Lunatic asylums Punjab 1881-1894 - 1881-1894
Year: 1881
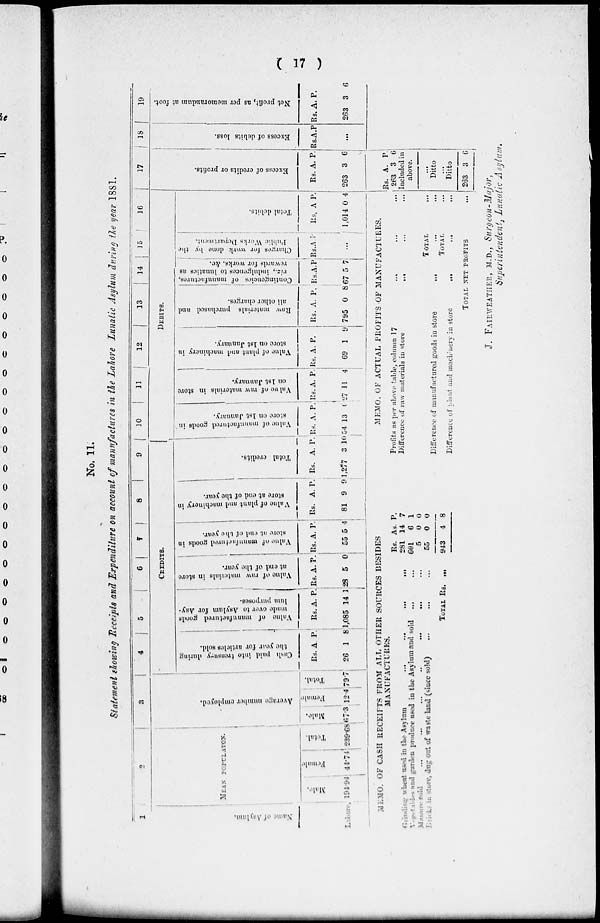
( 17 )
No. 11.
Statement showing Receipts and Expenditure on account of manufactures in the Lahore Lunatic Asylum during the year 1881.
1
Name of Asylum.
Lahore.
2
MEAN POPULATON.
Male.
194.94
Female
44.74
Total.
239.6
3
Average
number employed.
Male.
867.3
Female
12.4
Total.
79.7
4 5
6
7
8
9
CREDITS.
Cash paid into treasury during
the year for articles sold.
Rs.
26
A.
1
P.
8
Value of manufactured goods
made
over to Asylum for Asy-
lum purposes.
Rs.
1,085
A.
14
P.
1
Value
of raw materials in store
at end of the year.
Rs.
28
A.
5
P.
0
Value of manufactured goods in
store at end of the year.
Rs.
55
A.
5
P.
4
Value of plant and machinery in
store at end of the year.
Rs.
81
A.
9
P.
9
Total credits.
Rs.
1,277
A.
3
P.
10
10
11
12
13
14
15
16
DEBITS.
Value of manufactured goods in
store on 1st January.
Rs
54
. A.
13
P.
0
Value
of raw materials in store
on 1st January.
Rs.
27
A.
11
P.
4
Value of plant and machinery in
store on 1st January.
Rs.
6
A.
9
P.
19
Raw
materials purchased and
all other charges.
Rs.
795
A.
0
P.
8
Contingencies of manufactures,
viz., indulgences to lunatics as
rewards for works, &c.
|
Rs.
67
A
5
P.
7
Charges for work done by the
Public Works Department.
Rs. A.
P.
...
Total debits.
Rs.
1,014
A
0
P.
4
17
Excess of credits or profits.
Rs.
263
A.
3
P.
6
18
Excess of debits loss.
Rs. A P.
...
19
Net profit, as per memorandum at foot.
Rs.
26
A.
3
P.
36
MEMO OF CASH RECEIPTS FROM ALL OTHER SOURCES BESIDES
MANUFACTURES.
Grinding wheat used in the
Asylum
...
...
...
...
Vegetables and garden produce used in the Asylum and sold ..,
Manure sold
...
...
...
..
...
...
...
Dricks in store, dug out of waste land (since sold)
... ... ...
TOTAL Rs. ...
Rs.
281
601
5
55
943
As.
14
6
0
0
4
P.
7
1
0
0
8
MEMO. OF ACTUAL PROFITS OF MANUFACTURES.
Profits as per above table, column 17...
...
...
Difference of raw materials in store
...
...
...
TOTAL ...
Difference of manufactured goods in store
...
TOTAL ...
Difference of plant and machinery in store
...
...
...
TOTAL NET PROFITS ...
Rs.
263
A.
3
P.
6
Included in
above.
...
Ditto
...
Ditto
263 3 6
J. FAIRWEATHER, M.D., Surgeon-Major,
Superintendent, Lunatic Asylum.